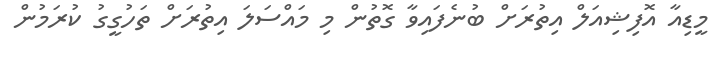
މީޑިއާ އޮފިޝިއަލް އިތުރަށް ބުނެފައިވާ ގޮތުން މި މައްސަލަ އިތުރަށް ތަހުގީގު ކުރަމުން